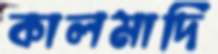
কালমাদি